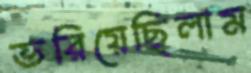
ভরিয়েছিলাম